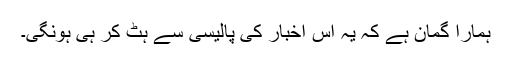
ہمارا گمان ہے کہ یہ اس اخبار کی پالیسی سے ہٹ کر ہی ہونگی۔